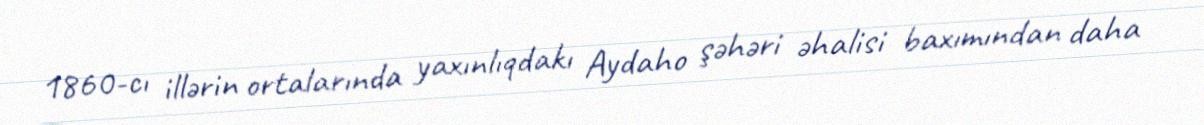
1860-cı illərin ortalarında yaxınlıqdakı Aydaho şəhəri əhalisi baxımından daha